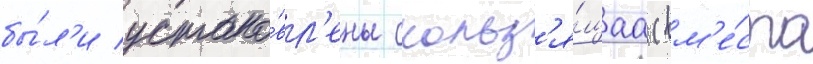
бы́л'и устано́вл'ены скольз'я́щаа (вм'е́сто